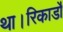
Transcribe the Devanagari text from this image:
था।रिकार्डो